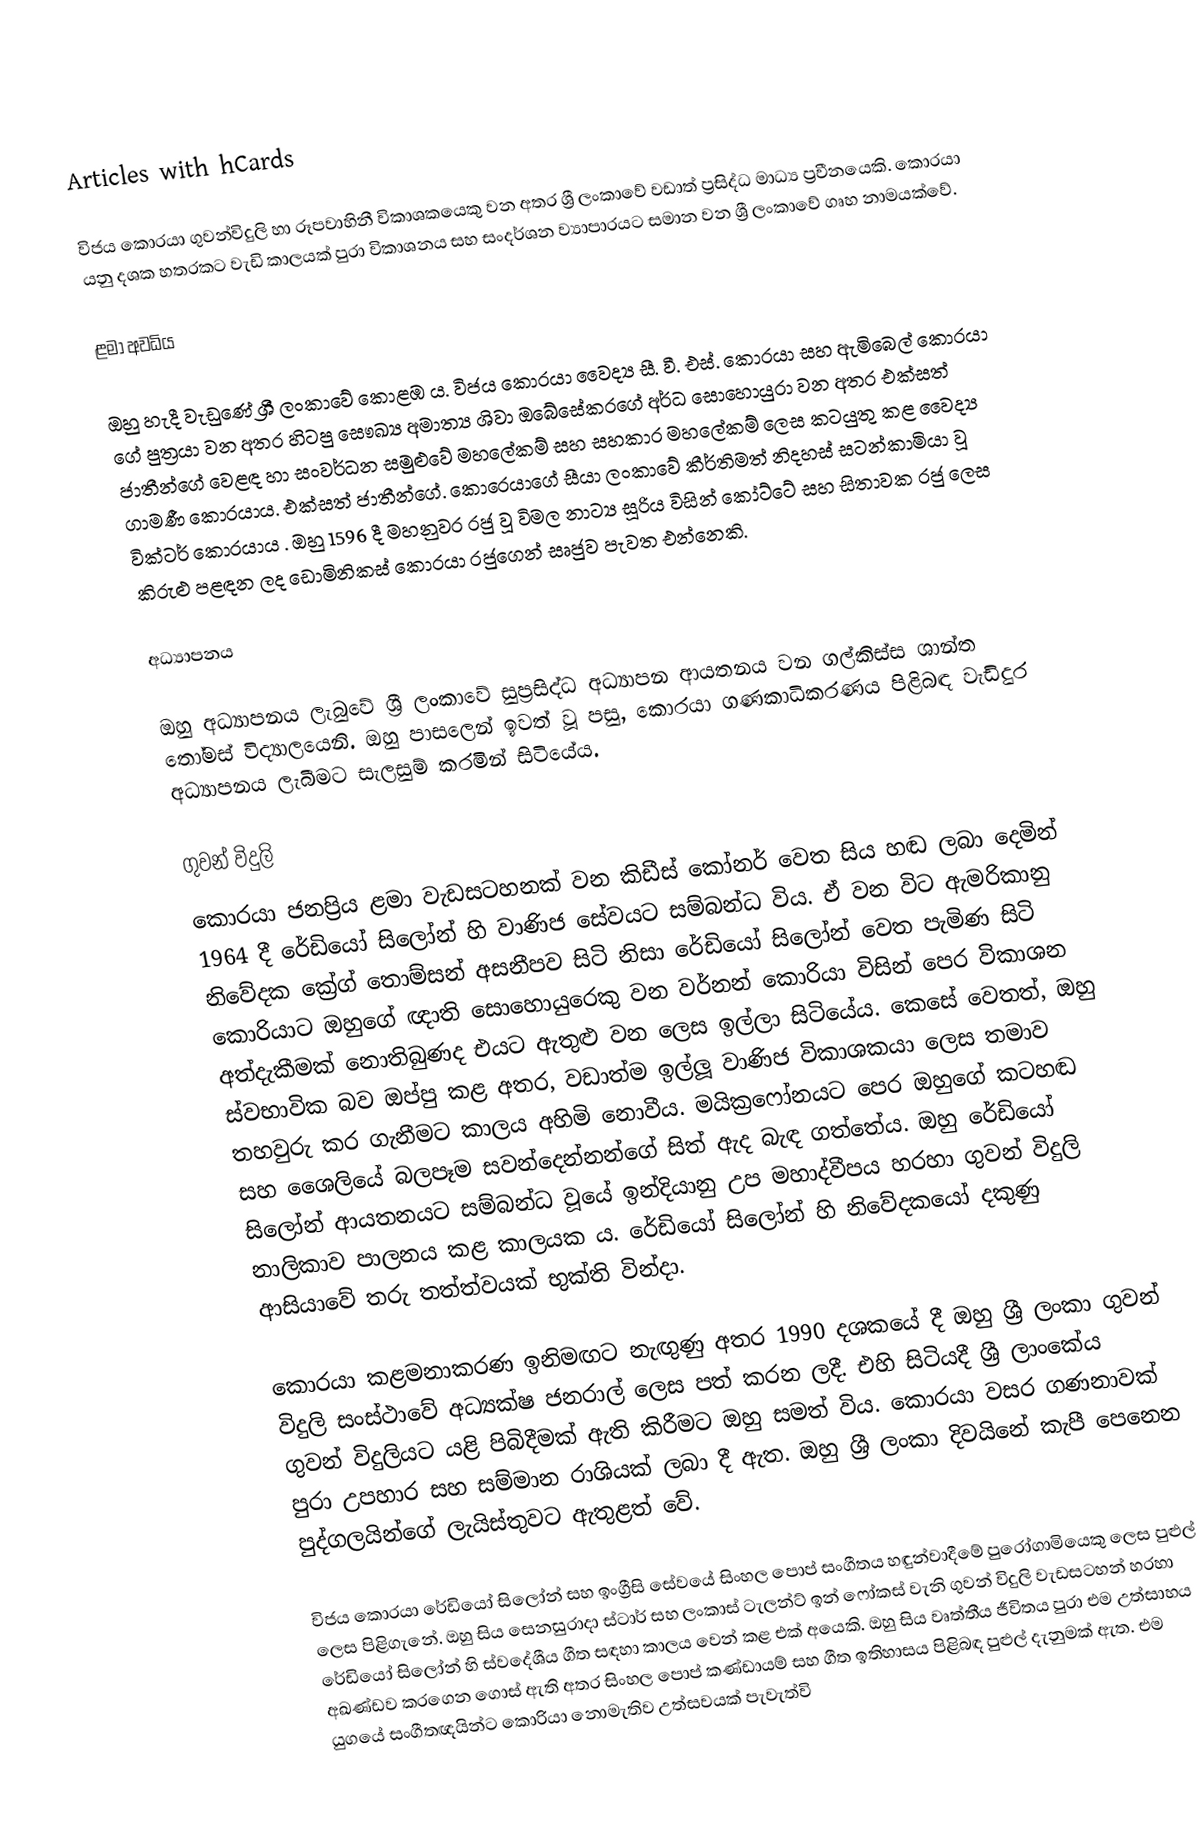
Articles with hCards

විජය කොරයා ගුවන්විදුලි හා රූපවාහිනී විකාශකයෙකු වන අතර ශ්‍රී ලංකාවේ වඩාත් ප්‍රසිද්ධ මාධ්‍ය ප්‍රවීනයෙකි. කොරයා යනු දශක හතරකට වැඩි කාලයක් පුරා විකාශනය සහ සංදර්ශන ව්‍යාපාරයට සමාන වන ශ්‍රී ලංකාවේ ගෘහ නාමයක්වේ.

ළමා අවධිය

ඔහු හැදී වැඩුණේ ශ්‍රී ලංකාවේ කොළඹ ය. විජය කොරයා වෛද්‍ය සී. වී. එස්. කොරයා සහ ඇමිබෙල් කොරයා ගේ පුත්‍රයා වන අතර හිටපු සෞඛ්‍ය අමාත්‍ය ශිවා ඔබේසේකරගේ අර්ධ සොහොයුරා වන අතර එක්සත් ජාතීන්ගේ වෙළඳ හා සංවර්ධන සමුළුවේ මහලේකම් සහ සහකාර මහලේකම් ලෙස කටයුතු කළ වෛද්‍ය ගාමණී කොරයාය. එක්සත් ජාතීන්ගේ. කොරෙයාගේ සීයා ලංකාවේ කීර්තිමත් නිදහස් සටන්කාමියා වූ වික්ටර් කොරයාය . ඔහු 1596 දී මහනුවර රජු වූ විමල නාට්‍ය සූරිය විසින් කෝට්ටේ සහ සිතාවක රජු ලෙස කිරුළු පළඳන ලද ඩොමිනිකස් කොරයා රජුගෙන් සෘජුව පැවත එන්නෙකි.

අධ්‍යාපනය

ඔහු අධ්‍යාපනය ලැබුවේ ශ්‍රී ලංකාවේ සුප්‍රසිද්ධ අධ්‍යාපන ආයතනය වන ගල්කිස්ස ශාන්ත තෝමස් විද්‍යාලයෙනි. ඔහු පාසලෙන් ඉවත් වූ පසු, කොරයා ගණකාධිකරණය පිළිබඳ වැඩිදුර අධ්‍යාපනය ලැබීමට සැලසුම් කරමින් සිටියේය.

ගුවන් විදුලි
කොරයා ජනප්‍රිය ළමා වැඩසටහනක් වන කිඩීස් කෝනර් වෙත සිය හඬ ලබා දෙමින් 1964 දී රේඩියෝ සිලෝන් හි වාණිජ සේවයට සම්බන්ධ විය. ඒ වන විට ඇමරිකානු නිවේදක ක්‍රේග් තොම්සන් අසනීපව සිටි නිසා රේඩියෝ සිලෝන් වෙත පැමිණ සිටි කොරියාට ඔහුගේ ඥාති සොහොයුරෙකු වන වර්නන් කොරියා විසින් පෙර විකාශන අත්දැකීමක් නොතිබුණද එයට ඇතුළු වන ලෙස ඉල්ලා සිටියේය. කෙසේ වෙතත්, ඔහු ස්වභාවික බව ඔප්පු කළ අතර, වඩාත්ම ඉල්ලූ වාණිජ විකාශකයා ලෙස තමාව තහවුරු කර ගැනීමට කාලය අහිමි නොවීය. මයික්‍රෆෝනයට පෙර ඔහුගේ කටහඬ සහ ශෛලියේ බලපෑම සවන්දෙන්නන්ගේ සිත් ඇද බැඳ ගත්තේය. ඔහු රේඩියෝ සිලෝන් ආයතනයට සම්බන්ධ වූයේ ඉන්දියානු උප මහාද්වීපය හරහා ගුවන් විදුලි නාලිකාව පාලනය කළ කාලයක ය. රේඩියෝ සිලෝන් හි නිවේදකයෝ දකුණු ආසියාවේ තරු තත්ත්වයක් භුක්ති වින්දා.

කොරයා කළමනාකරණ ඉනිමඟට නැඟුණු අතර 1990 දශකයේ දී ඔහු ශ්‍රී ලංකා ගුවන් විදුලි සංස්ථාවේ අධ්‍යක්ෂ ජනරාල් ලෙස පත් කරන ලදී. එහි සිටියදී ශ්‍රී ලාංකේය ගුවන් විදුලියට යළි පිබිදීමක් ඇති කිරීමට ඔහු සමත් විය. කොරයා වසර ගණනාවක් පුරා උපහාර සහ සම්මාන රාශියක් ලබා දී ඇත. ඔහු ශ්‍රී ලංකා දිවයිනේ කැපී පෙනෙන පුද්ගලයින්ගේ ලැයිස්තුවට ඇතුළත් වේ.

විජය කොරයා රේඩියෝ සිලෝන් සහ ඉංග්‍රීසි සේවයේ සිංහල පොප් සංගීතය හඳුන්වාදීමේ පුරෝගාමියෙකු ලෙස පුළුල් ලෙස පිළිගැනේ. ඔහු සිය සෙනසුරාදා ස්ටාර් සහ ලංකාස් ටැලන්ට් ඉන් ෆෝකස් වැනි ගුවන් විදුලි වැඩසටහන් හරහා රේඩියෝ සිලෝන් හි ස්වදේශීය ගීත සඳහා කාලය වෙන් කළ එක් අයෙකි. ඔහු සිය වෘත්තීය ජීවිතය පුරා එම උත්සාහය අඛණ්ඩව කරගෙන ගොස් ඇති අතර සිංහල පොප් කණ්ඩායම් සහ ගීත ඉතිහාසය පිළිබඳ පුළුල් දැනුමක් ඇත. එම යුගයේ සංගීතඥයින්ට කොරියා නොමැතිව උත්සවයක් පැවැත්වි